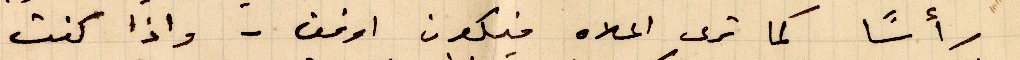
رأسًا كما ترى أعلاه فيكون اوفق - واذا كنت